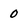
Character: 0